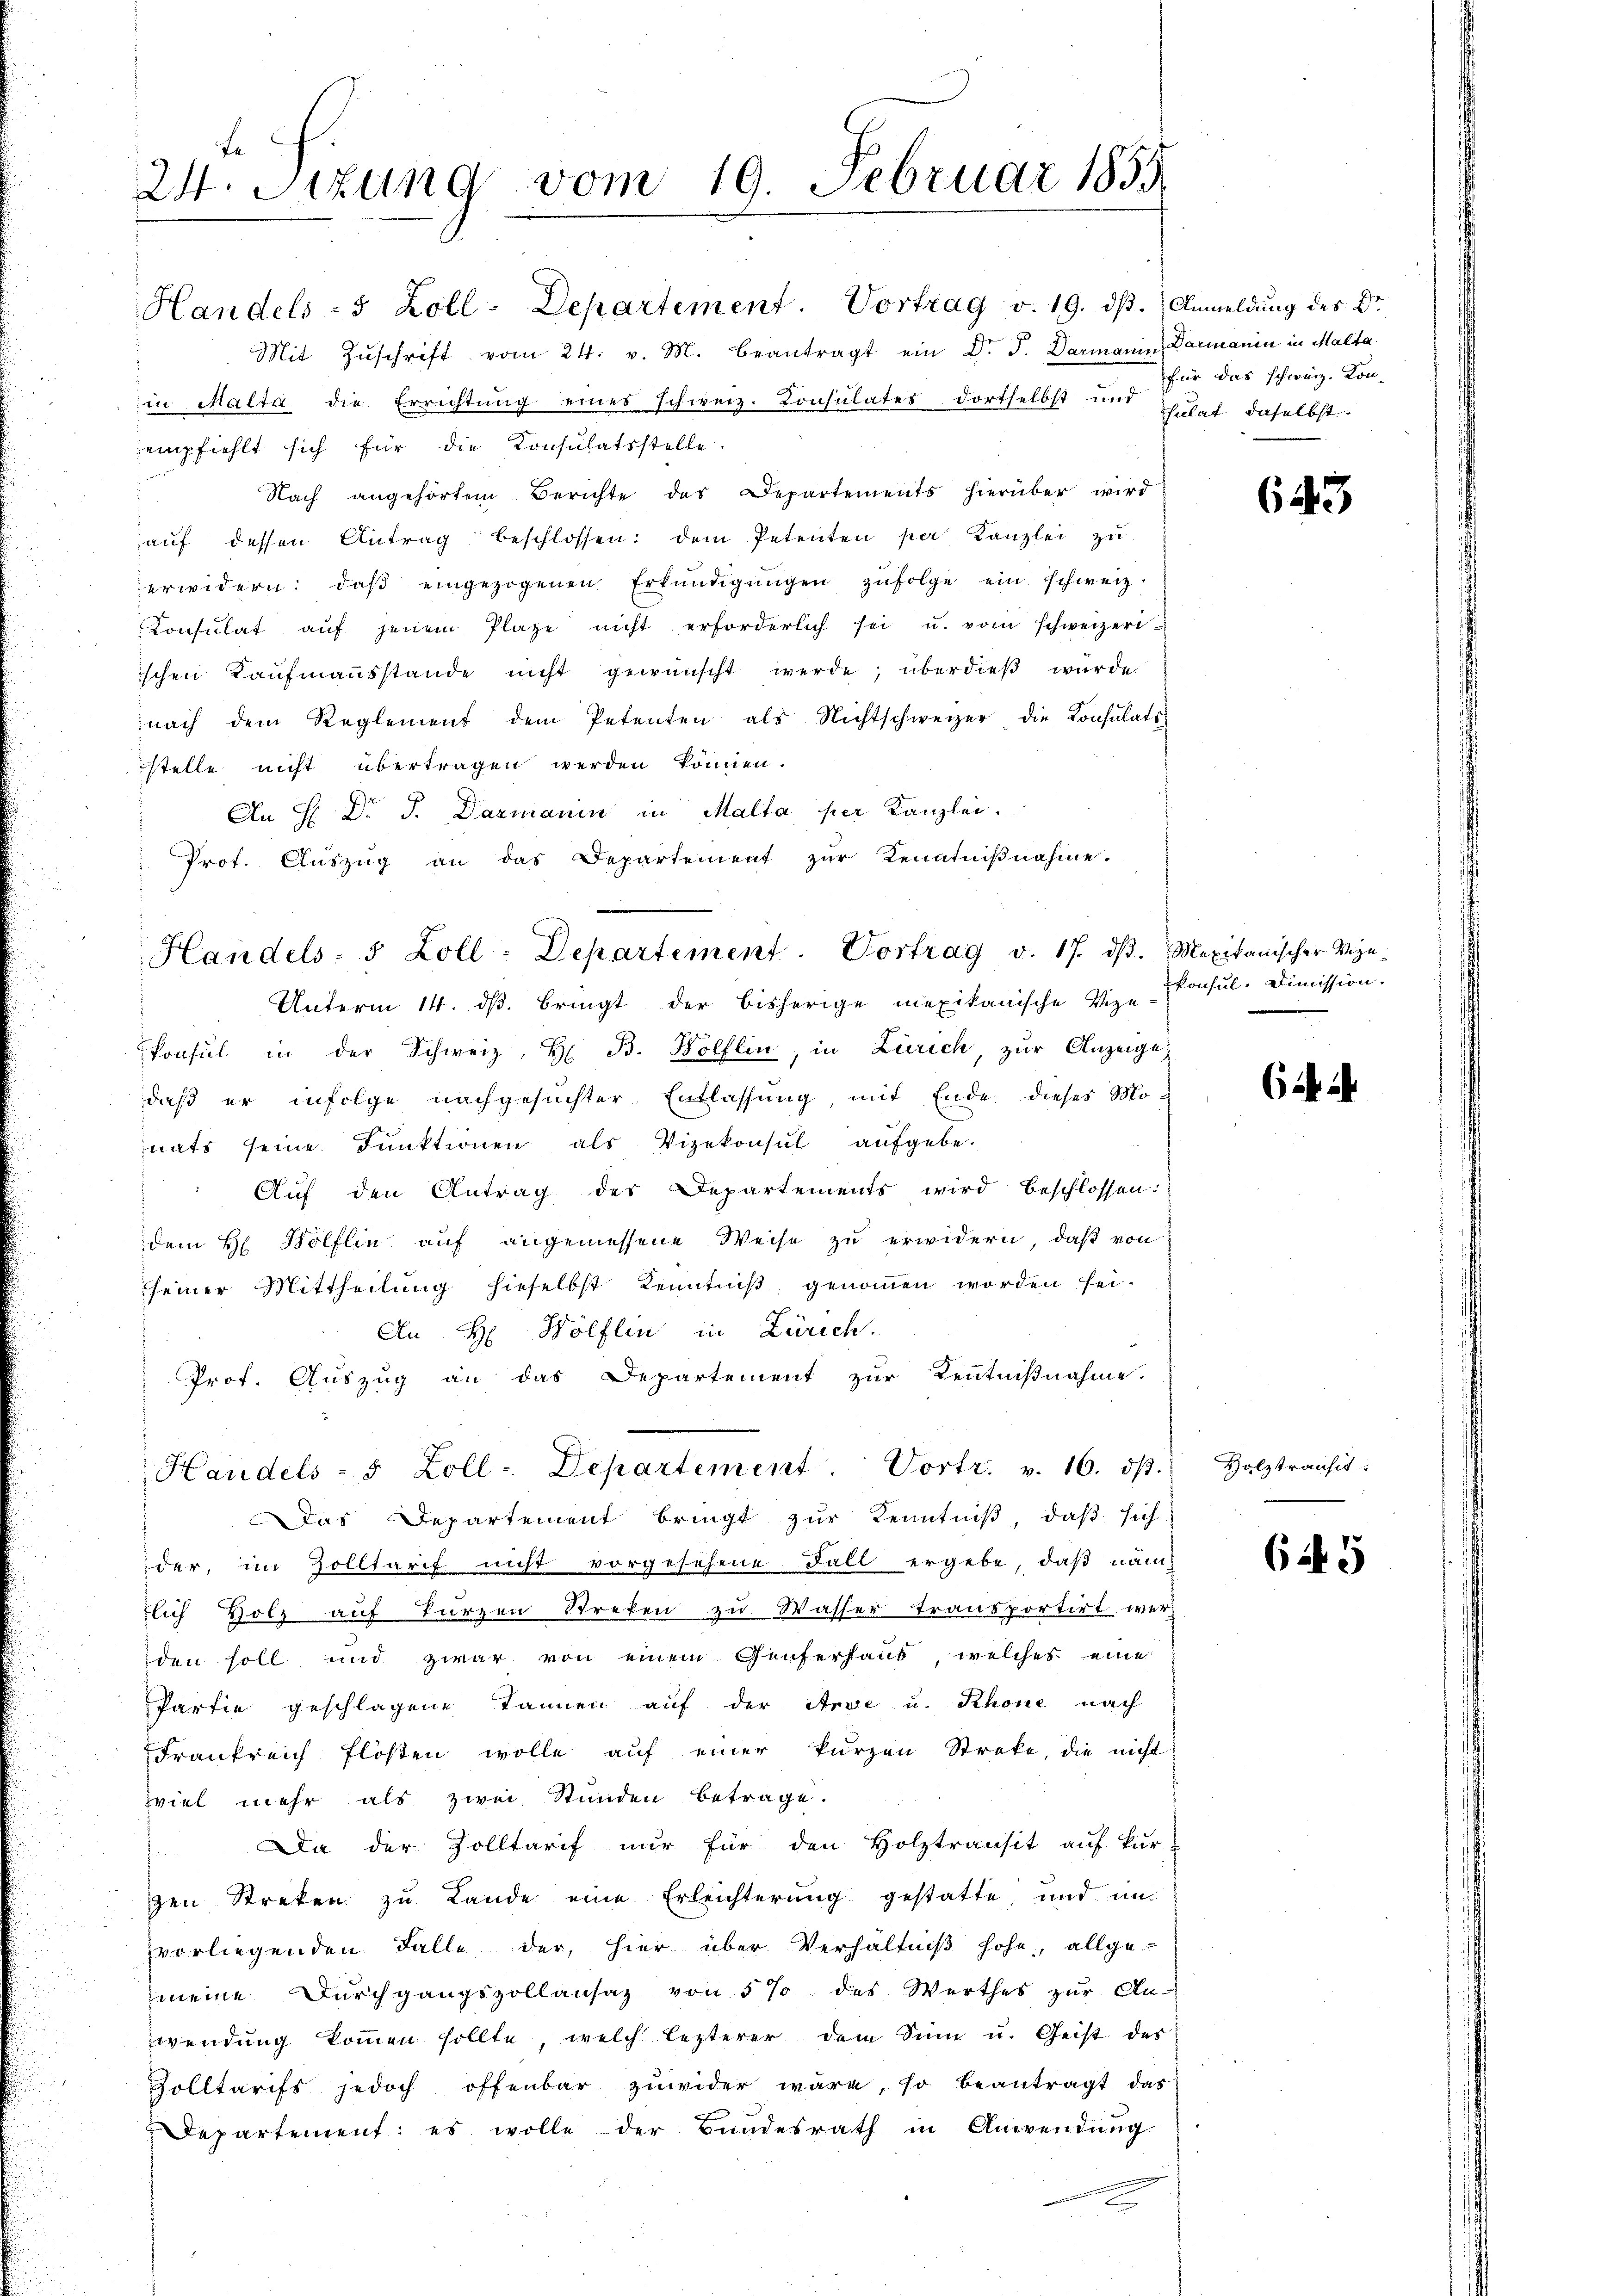
24. Sizung vom 19. Februar 1859

Handels- 5 Zoll-Departement. Vortrag v. 19. dβ.  Anmeldung des Dr.
Mit Zŭschrift vom 24. v. M. beantragt ein Dr. J. Darmanin Darmanin in Malta
in Malta die Errichtŭng eines schweiz. Konsulates dortselbst und Citat. daselbst:
empfiehlt sich für die Konsulatsstelle
Nach angehörtem Berichte des Departements hierüber wird
aŭf dessen Antrag beschlossen: dem Petenten per Kanzlei zŭ
erwidern, daβ eingezogenen Erkŭndigŭngen zŭfolge ein schweiz.
Consulat aŭf jenem Plaze nicht erforderlich sei u. vom schweizeri
ischen Kaufmannsstande nicht gewünscht werde; überdieß wurde
nach dem Reglement dem Petenten als Nichtschweizer die Konsulats
stelle nicht übertragen werden können.
An H. Dr J. Dazmanin in Malla per Kanzlei.
Prot. Aŭszŭg an das Departement zŭr Kenntniβnahme.
Unterm 14. ds. bringt der bisherige mexikanische Vize-
konsul in der Schweiz, H. B. Wölflin, in Zürich, zur Anzeige,
daß er infolge nachgesuchter Entlassung, mit Ende dieses Mo-
nats seine Funktionen als Vizekonsul aufgebe.
Auf den Antrag des Departements wird beschlossen:
dem H Bölflin auf angemessene Weise zu erwidern, daß von
seiner Mittheilung hieselbst Kenntniß genommen worden sei.
An H: Wölflin in Zürich.
Prof. Auszug an das Departement zur Kenntnißnahme.
Handels- 5 Zoll-Departement. Vortr. v. 16. ds.
Das Departement bringt zur Kenntniß, daß sich
der, im Zolltarif nicht vorgesehene Fall ergebe, daß nam
tlich Holz auf kurzen Streten zu Wasser transportirt werden soll und zwar von einem Genferhaut, welches eine
Partie geschlagene Tannen auf der Arve u. Rhone nach
Frankreich flösten wolle auf einer kurzen Streke, die nicht
zviel mehr als zwei Stunden betrage.
 Da der Zolltarif nur für den Holztransit auf kur-
gen Streken zu Lande eine Erleichterung gestatte, und in
vorliegenden Falle der hier über Verhältniß hohe, allge-
meine Durchgangspollansaz von 5 % des Werthes zur An-
wendung kommen sollte, welch lezterer dem Sinn u. Geist des
Zolltarifs jedoch offenbar zuwider wäre, so beantragt das
Departement: es wolle der Bundesrath in Anwendŭng
.

Handels- 5 Zoll-Departement. Vortrag v. 17. dβ. Mexikanischer Vize-

für das schweiz. Kon-

643

konsul, Dimission.

64. 4

Holztransit

645